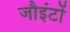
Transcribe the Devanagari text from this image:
जौइंटों